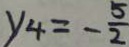
y _ { 4 } = - \frac { 5 } { 2 }